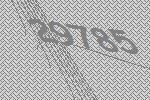
29785